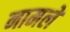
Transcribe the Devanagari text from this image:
नामले